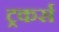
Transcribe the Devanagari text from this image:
ट्रकर्स